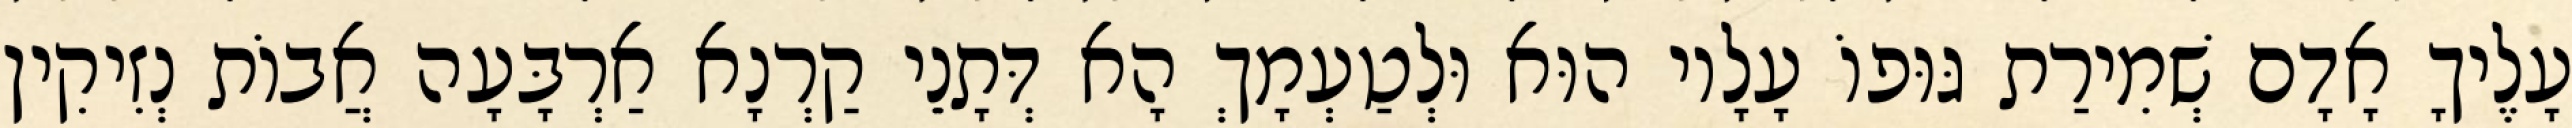
עָלֶיךָ אָדָם שְׁמִירַת גּוּפוֹ עָלָיו הוּא וּלְטַעְמָךְ הָא דְּתָנֵי קַרְנָא אַרְבָּעָה אֲבוֹת נְזִיקִין